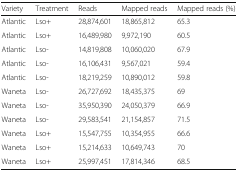
| Variety | Treatment | Reads | Mapped reads | Mapped reads (%) |
 | --- | --- | --- | --- | --- |
 | Atlantic | Lso+ | 28,874,601 | 18,865,812 | 65.3 |
 | Atlantic | Lso+ | 16,489,980 | 9,972,190 | 60.5 |
 | Atlantic | Lso- | 14,819,808 | 10,060,020 | 67.9 |
 | Atlantic | Lso- | 16,106,431 | 9,567,021 | 59.4 |
 | Atlantic | Lso- | 18,219,259 | 10,890,012 | 59.8 |
 | Waneta | Lso- | 26,727,692 | 18,435,375 | 69 |
 | Waneta | Lso- | 35,950,390 | 24,050,379 | 66.9 |
 | Waneta | Lso- | 29,583,541 | 21,154,857 | 71.5 |
 | Waneta | Lso+ | 15,547,755 | 10,354,955 | 66.6 |
 | Waneta | Lso+ | 15,214,633 | 10,649,743 | 70 |
 | Waneta | Lso+ | 25,997,451 | 17,814,346 | 68.5 |